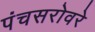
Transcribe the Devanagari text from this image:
पंचसरोवरे